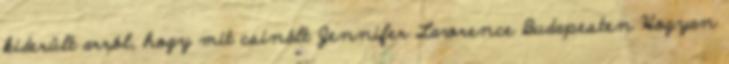
kiderült arról, hogy mit csinált Jennifer Lawrence Budapesten Hogyan